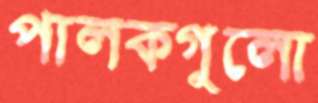
পালকগুলো